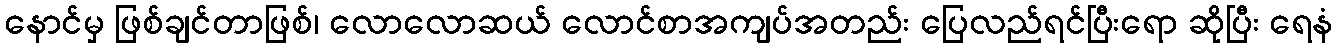
နောင်မှ ဖြစ်ချင်တာဖြစ်၊ လောလောဆယ် လောင်စာအကျပ်အတည်း ပြေလည်ရင်ပြီးရော ဆိုပြီး ရေနံ